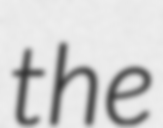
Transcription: the